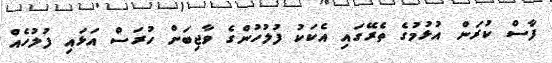
ފާސް ކުރަން އުޅުމުގެ ތެރޭގައި އެކަކު ފުލުހުންގެ ވާޖިބަށް ހުރަސް އަޅައި ފުލުހެއް